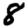
Digit: 8